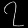
Digit: ၇